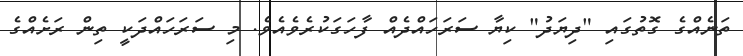
ތަނެއްގެ ގޮތުގައި "ދިޔަދު" ކިޔާ ސަރަހައްދެއް ފާހަގަކުރެވެއެވެ. މި ސަރަހައްދަކީ ތިން ރަށެއްގެ